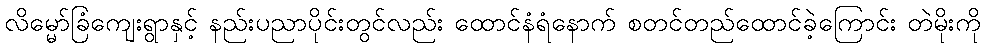
လိမ္မော်ခြံကျေးရွာနှင့် နည်းပညာပိုင်းတွင်လည်း ထောင်နံရံနောက် စတင်တည်ထောင်ခဲ့ကြောင်း တဲမိုးကို